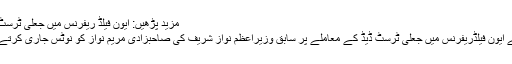
مزید پڑھیں: ایون فیلڈ ریفرنس میں جعلی ٹرسٹ ڈیڈ، مریم نواز 19 جولائی کو طلب
احتساب عدالت کے جج محمد بشیر نے ایون فیلڈریفرنس میں جعلی ٹرسٹ ڈیڈ کے معاملے پر سابق وزیراعظم نواز شریف کی صاحبزادی مریم نواز کو نوٹس جاری کرتے ہوئے 19 جولائی کوطلب کرلیا تھا۔